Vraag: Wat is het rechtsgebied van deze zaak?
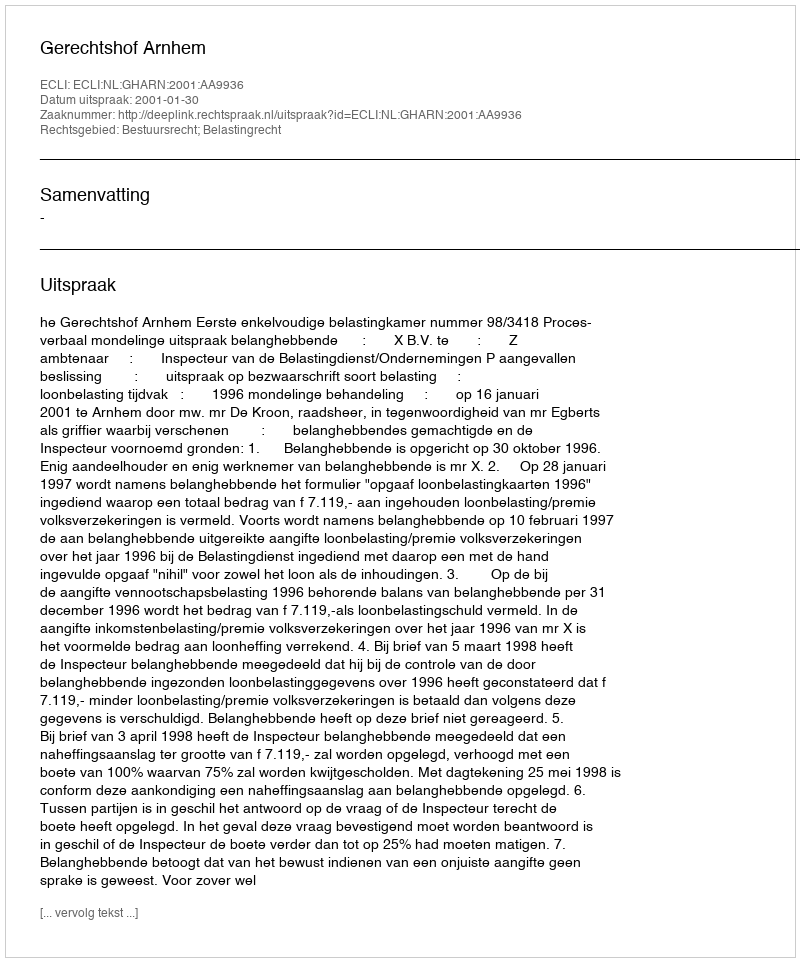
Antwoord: Bestuursrecht; Belastingrecht